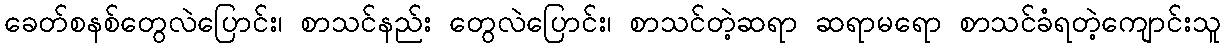
ခေတ်စနစ်တွေလဲပြောင်း၊ စာသင်နည်း တွေလဲပြောင်း၊ စာသင်တဲ့ဆရာ ဆရာမရော စာသင်ခံရတဲ့ကျောင်းသူ